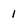
Character: 1